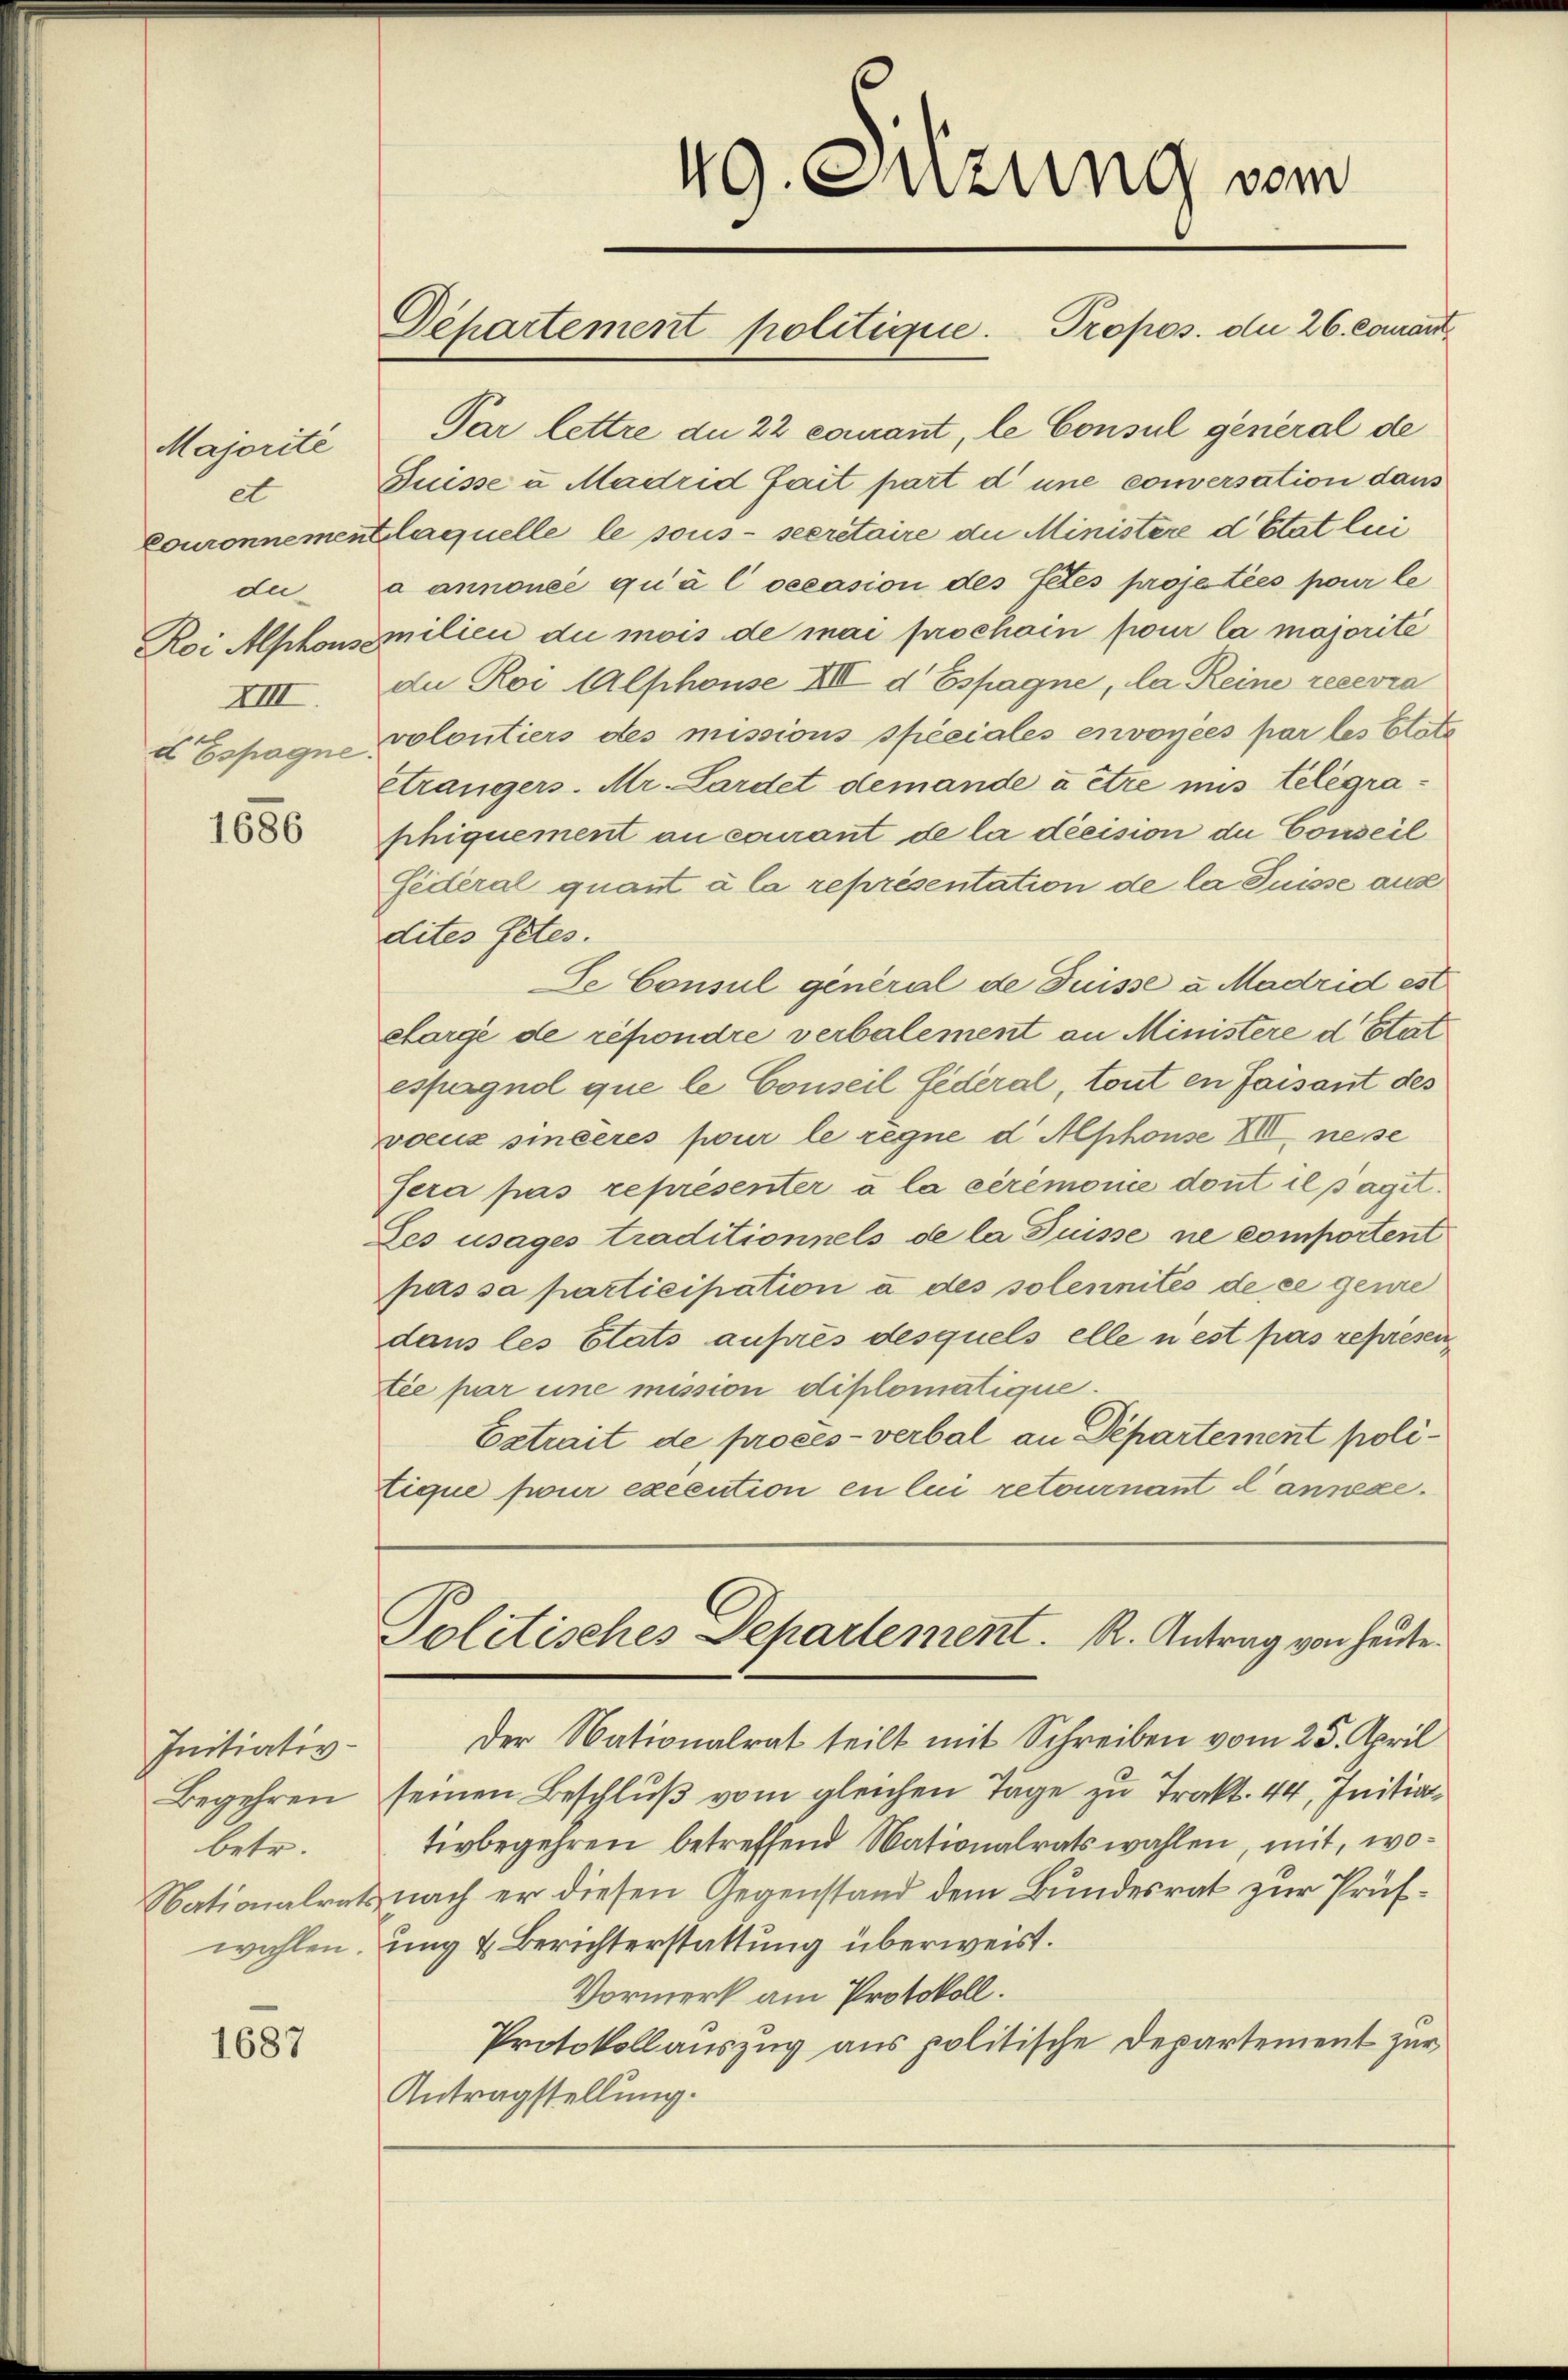
Majorité
et
du
XIII.
d Espagne.

1686

Par lettre du 22 courant, le Consul general de
Buisse u Madrid fait part d’une conversation dans
Couronnement laquelle le sous secretaire die Ministere d’Etat lui
a annoncé qu’à l oecasion des Fetés projetées pour le
Roi Alphonsmilien du mois de mai prochain pour la majorité
au Roi Alphonse III d Espagne, la Reine recevra
volontiers des missions spéciales envoyées par les Etate
Etrangers. Mr. Lardet demande à être mis telegraphiquement an courant de la décision du Conseil
Federal quant à la représentation de la Puisse aus
dites Petes.
Se Consul general de Füsse a Madrid est
chargé de répondre verbalement an Ministere d Etat
espagnol que le Conseil Federal, tout en faisant des
voeux sincères pour le regne d. Mphonse XII ne se
sera pas représenter à la ceremonie dont il pagit.
Zes usages traditionnels de la Puisse ne comportent
passa participation à des solennités de ce genre
dans les Etats auprès desquels elle n’est pas représen
tée par une mission diplomatique.
Extrait de procès-verbal an Departement politique pour execution en lui retournant dannexe.

Initiativ-
Begehren
betr.
Nationalrats
wahlen.

1687

Gepartement politique. Propos. du 26. courant¬

49. Sitzung vom

Politisches Departement. R. Antrag von heute

Der Nationalrat teilt mit Schreiben vom 25. April
seinen Beschluß vom gleichen Tage zu Trakt. 44, Initiattivbegehren betreffend Nationalratswahlen, mit, wonach er diesen Gegenstand dem Bundesrat zur Prüfung & Berichterstattung überweist.
Vormerk am Protokoll.
Protokollauszug aus politische Departement zur
Antragstellung.